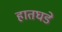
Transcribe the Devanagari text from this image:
हातघडे